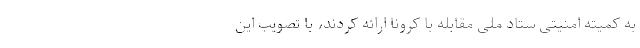
به کمیته امنیتی ستاد ملی مقابله با کرونا ارائه کردند، با تصویب این